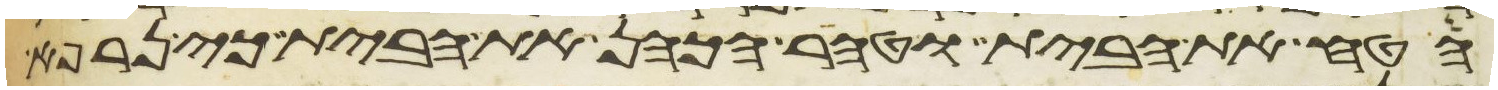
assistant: הטח את הבית וטהר הכהן את הבית כי נרפא